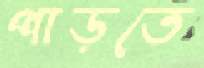
পাড়তে